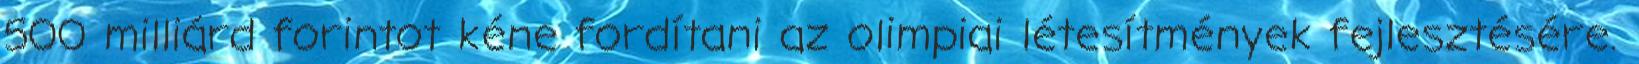
500 milliárd forintot kéne fordítani az olimpiai létesítmények fejlesztésére.